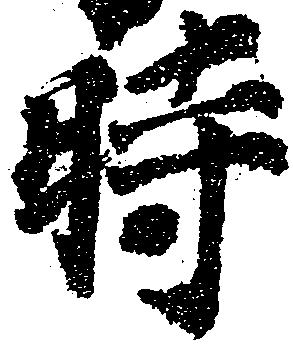
時